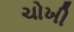
ચોખી